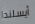
أيسلندا